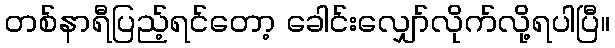
တစ်နာရီပြည့်ရင်တော့ ခေါင်းလျှော်လိုက်လို့ရပါပြီ။